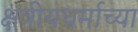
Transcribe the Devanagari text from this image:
क्षत्रीयधर्माच्या